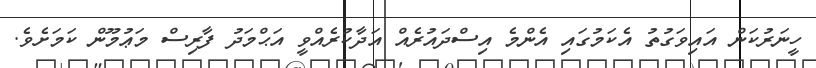
ހީނަރުކަން އައިވަގުތު އެކަމުގައި އެންމެ އިސްދައުރެއް އަދާކުރެއްވީ އަޙްމަދު ފާރިސް މަޢުމޫން ކަމަށެވެ.